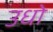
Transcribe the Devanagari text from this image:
उधो